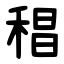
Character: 䅛